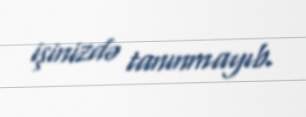
işinizdə tanınmayıb.